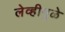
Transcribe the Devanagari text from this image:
लेव्हीमुळे